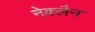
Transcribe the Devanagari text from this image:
नेक्लैन